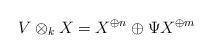
LaTeX: \begin{align*}V \otimes_k X = X^{\oplus n} \oplus \Psi X ^{\oplus m}\end{align*}